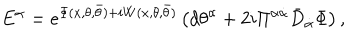
{ E } ^ { { \alpha } } = e ^ { \Phi ( x , \theta , \bar { \theta } ) + i W ( x , \theta , \bar { \theta } ) } \left( d { \theta } ^ { \alpha } + { 2 i } \Pi ^ { \alpha \dot { \alpha } } \bar { D } _ { \dot { \alpha } } \Phi \right) ,